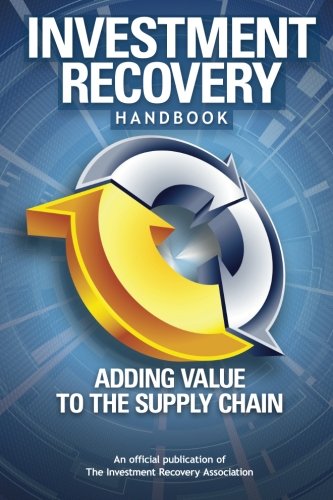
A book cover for Investment Recovery Handbook: Adding Value to the Supply Chain; Investment Recovery Association; Business & Money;